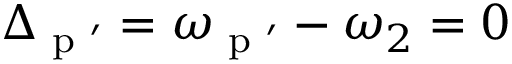
\Delta _ { \textrm { p } \mathrm { { ' } } } = \omega _ { \textrm { p } \mathrm { { ' } } } - \omega _ { 2 } = 0